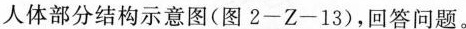
人体部分结构示意图（图2-Z-13），回答问题。